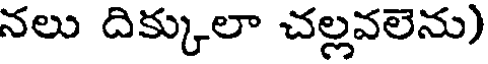
నలు దిక్కులా చల్లవలెను)